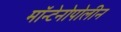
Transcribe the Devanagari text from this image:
मॉन्टेनोपोलीन